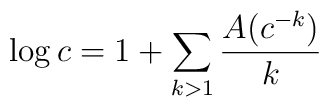
\log c=1+\sum_{k>1}{A(c^{-k})\over k}